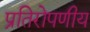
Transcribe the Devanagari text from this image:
प्रतिरोपणीय